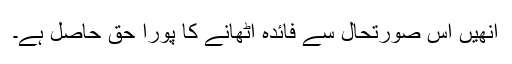
انھیں اس صورتحال سے فائدہ اٹھانے کا پورا حق حاصل ہے۔